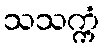
သသက္ကံ